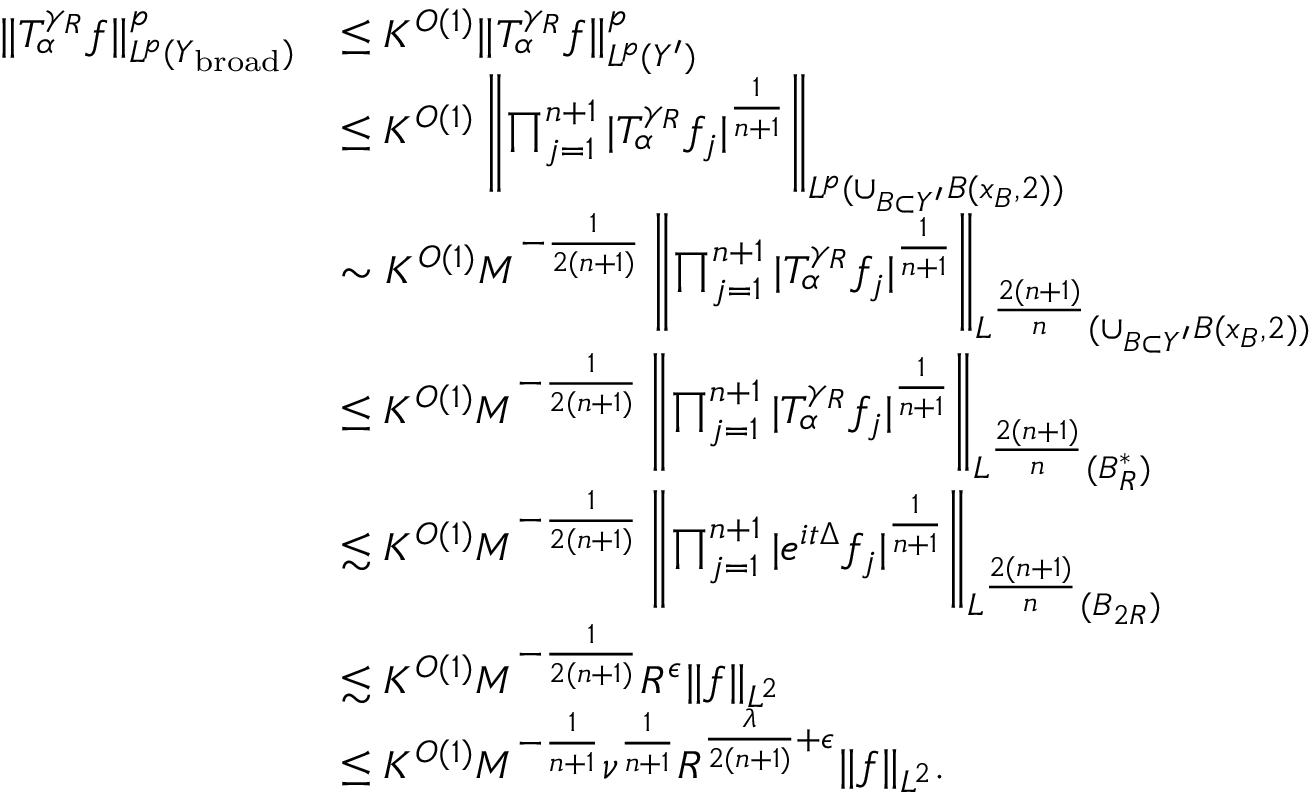
\begin{array} { r l } { \| T _ { \alpha } ^ { \gamma _ { R } } f \| _ { L ^ { p } ( Y _ { \mathrm { b r o a d } } ) } ^ { p } } & { \leq K ^ { O ( 1 ) } \| T _ { \alpha } ^ { \gamma _ { R } } f \| _ { L ^ { p } ( Y ^ { \prime } ) } ^ { p } } \\ & { \leq K ^ { O ( 1 ) } \left\| \prod _ { j = 1 } ^ { n + 1 } | T _ { \alpha } ^ { \gamma _ { R } } f _ { j } | ^ { \frac { 1 } { n + 1 } } \right\| _ { L ^ { p } ( \cup _ { B \subset Y ^ { \prime } } B ( x _ { B } , 2 ) ) } } \\ & { \sim K ^ { O ( 1 ) } M ^ { - \frac { 1 } { 2 ( n + 1 ) } } \left\| \prod _ { j = 1 } ^ { n + 1 } | T _ { \alpha } ^ { \gamma _ { R } } f _ { j } | ^ { \frac { 1 } { n + 1 } } \right\| _ { L ^ { \frac { 2 ( n + 1 ) } { n } } ( \cup _ { B \subset Y ^ { \prime } } B ( x _ { B } , 2 ) ) } } \\ & { \leq K ^ { O ( 1 ) } M ^ { - \frac { 1 } { 2 ( n + 1 ) } } \left\| \prod _ { j = 1 } ^ { n + 1 } | T _ { \alpha } ^ { \gamma _ { R } } f _ { j } | ^ { \frac { 1 } { n + 1 } } \right\| _ { L ^ { \frac { 2 ( n + 1 ) } { n } } ( B _ { R } ^ { \ast } ) } } \\ & { \lesssim K ^ { O ( 1 ) } M ^ { - \frac { 1 } { 2 ( n + 1 ) } } \left\| \prod _ { j = 1 } ^ { n + 1 } | e ^ { i t \Delta } f _ { j } | ^ { \frac { 1 } { n + 1 } } \right\| _ { L ^ { \frac { 2 ( n + 1 ) } { n } } ( B _ { 2 R } ) } } \\ & { \lesssim K ^ { O ( 1 ) } M ^ { - \frac { 1 } { 2 ( n + 1 ) } } R ^ { \epsilon } \| f \| _ { L ^ { 2 } } } \\ & { \leq K ^ { O ( 1 ) } M ^ { - \frac { 1 } { n + 1 } } \nu ^ { \frac { 1 } { n + 1 } } R ^ { \frac { \lambda } { 2 ( n + 1 ) } + \epsilon } \| f \| _ { L ^ { 2 } } . } \end{array}